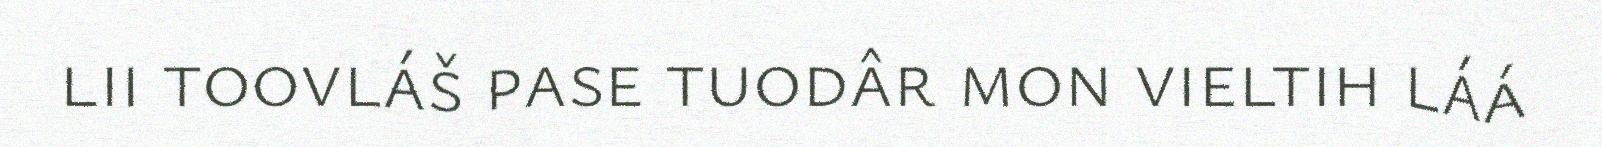
lii toovláš pase tuodâr mon vieltih láá